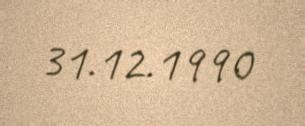
31.12.1990